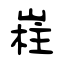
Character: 嵀